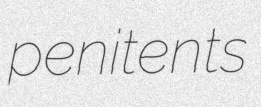
penitents